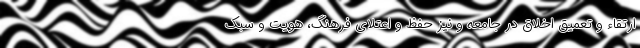
ارتقاء و تعمیق اخلاق در جامعه و نیز حفظ و اعتلای فرهنگ، هویت و سبک